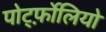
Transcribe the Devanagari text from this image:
पोर्ट्फ़ोलियो